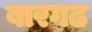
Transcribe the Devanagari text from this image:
बारगढ